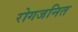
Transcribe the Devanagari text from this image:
रोगजनित